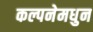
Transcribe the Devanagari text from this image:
कल्पनेमधुन